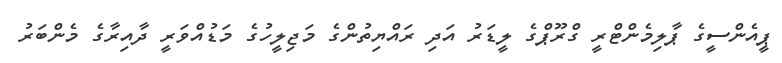
ޕީއެންސީގެ ޕާލިމެންޓްރީ ގްރޫޕްގެ ލީޑަރު އަދި ރައްޔިތުންގެ މަޖިލީހުގެ މަޑުއްވަރީ ދާއިރާގެ މެންބަރު